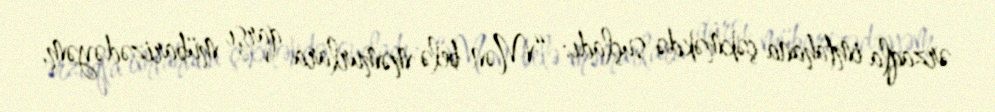
ərzaqla imtahana çəkməkdə suçladı: “Mən belə məmurlara qarşı mübarizədəyəm.